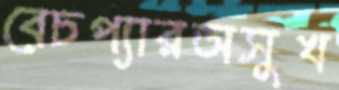
বেচপ্যারঅসুখ